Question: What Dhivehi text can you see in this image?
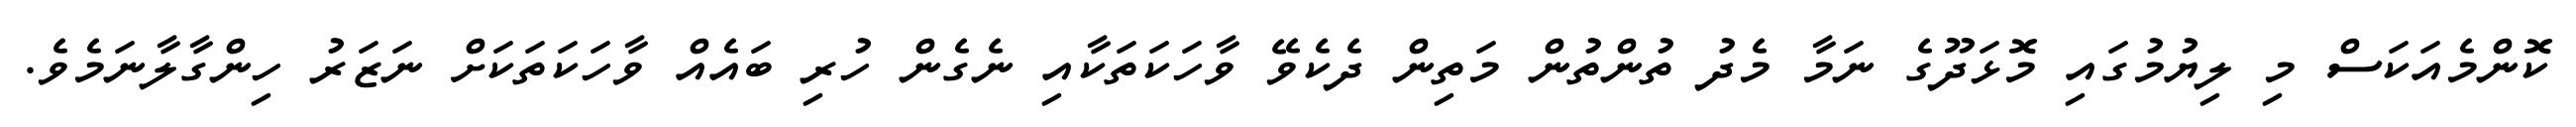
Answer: ކޮންމެއަކަސް މި ލިޔުމުގައި މޮޅަދޫގެ ނަމާ މެދު ތުންތުން މަތިން ދެކެވޭ ވާހަކަތަކާއި ނެގެން ހުރި ބައެއް ވާހަކަތަކަށް ނަޒަރު ހިންގާލާނަމެވެ.